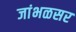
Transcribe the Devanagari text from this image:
जांभळसर